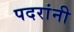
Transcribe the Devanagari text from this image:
पदरांनी